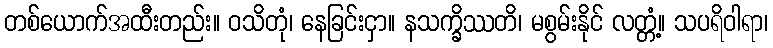
တစ်ယောက်အထီးတည်း။ ဝသိတုံ၊ နေခြင်းငှာ။ နသက္ခိဿတိ၊ မစွမ်းနိုင် လတ္တံ့။ သပရိဝါရာ၊